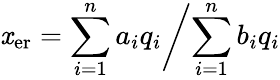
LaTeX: \mathit{x}_{\mathrm{{er}}}=\sum_{i=1}^{n}a_{i}q_{i}\biggl/\sum_{i=1}^{n}b_{i}q_{i}